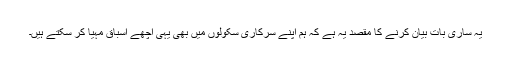
یہ ساری بات بیان کرنے کا مقصد یہ ہے کہ ہم اپنے سرکاری سکولوں میں بھی یہی اچھے اسباق مہیا کر سکتے ہیں۔